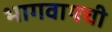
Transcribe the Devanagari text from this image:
भागवायची